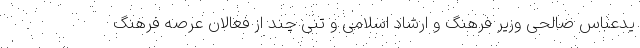
یدعباس صالحی وزیر فرهنگ و ارشاد اسلامی و تنی چند از فعالان عرصه فرهنگ